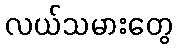
လယ်သမားတွေ